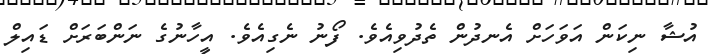
އުޝާ ނިކަން އަވަހަށް އެނދުން ތެދުވިއެވެ. ފޯނު ނެގިއެވެ. އީހާނުގެ ނަންބަރަށް ޑައިލް